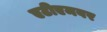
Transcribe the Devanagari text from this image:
एटीएमवर